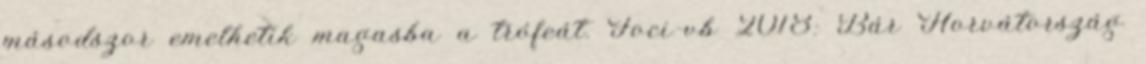
másodszor emelhetik magasba a trófeát. Foci-vb 2018: Bár Horvátország